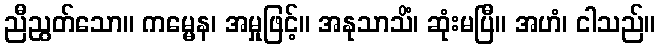
ညီညွတ်သော။ ကမ္မေန၊ အမှုဖြင့်။ အနုသာသိံ၊ ဆုံးမပြီ။ အဟံ၊ ငါသည်။